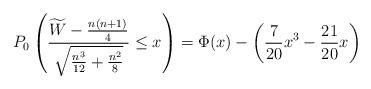
LaTeX: \begin{align*}P_0\left( \frac{\widetilde{W}-\frac{n(n+1)}{4}}{\sqrt{\frac{n^3}{12} +\frac{n^2}{8}}} \leq x\right)=\Phi(x)-\left(\frac{7}{20}x^3-\frac{21}{20}x\right)\end{align*}